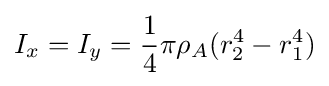
I_{x}=I_{y}={\frac {1}{4}}\pi \rho _{A}(r_{2}^{4}-r_{1}^{4})